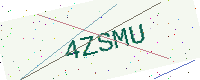
Text: 4ZSMU